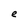
Character: e